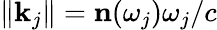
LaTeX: \| \mathbf{k}_{j}\| =\mathbf{n}(\omega_{j})\omega_{j}/c